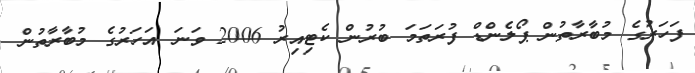
ފަހަރުގެ މުބާރާތުން ޕޯލެންޑް ފުރަތަމަ ބުރުން ކެޓިއިރު 2006 ވަނަ އަހަރުގެ މުބާރާތުން